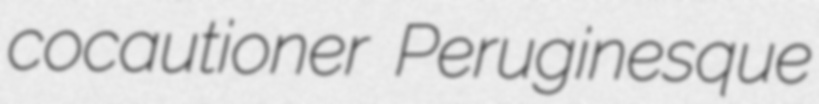
cocautioner Peruginesque